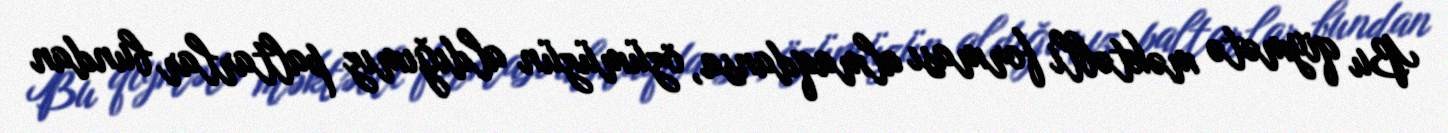
Bu qiymətə məktəbli forması almaqdansa, özümüzün aldığımız paltarlar bundan